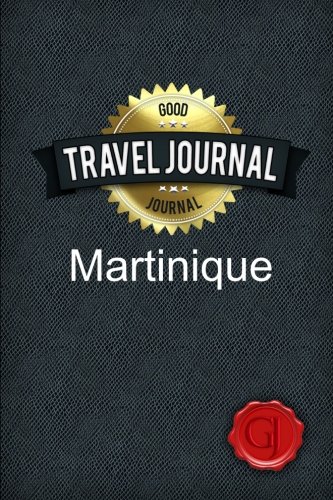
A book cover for Travel Journal Martinique; Good Journal; Travel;